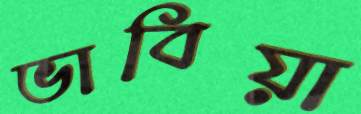
ভাবিয়া